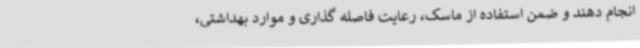
انجام دهند و ضمن استفاده از ماسک، رعایت فاصله گذاری و موارد بهداشتی،